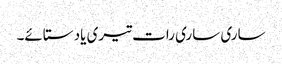
ساری ساری رات تیری یاد ستائے۔